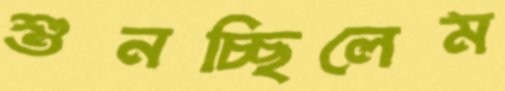
শুনচ্ছিলেম